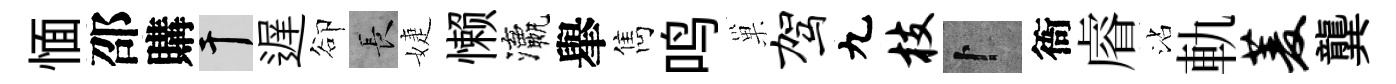
愐邵購干遅卻长婕懒瀛𦦙雋鸣巢驾九枝卜衙𥈠沾軌菱龔